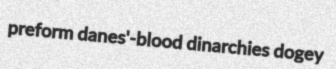
preform danes'-blood dinarchies dogey